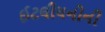
ઈટલીયનોની